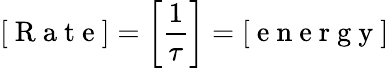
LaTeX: [\mathrm{~R~a~t~e~}]=\left[{\frac{1}{\tau}}\right]=[\mathrm{~e~n~e~r~g~y~}]